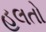
હલતો